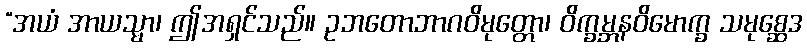
“အယံ အာယသ္မာ၊ ဤအရှင်သည်။ ဥဘတောဘာဂဝိမုတ္တော၊ ဝိက္ခမ္ဘနဝိမောက္ခ သမုစ္ဆေဒ